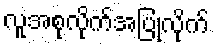
လူအစုလိုက်အပြုံလိုက်